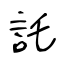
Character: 託